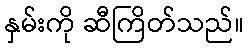
နှမ်းကို ဆီကြိတ်သည်။